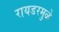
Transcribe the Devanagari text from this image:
रायडरमुळे